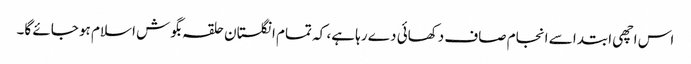
اس اچھی ابتدا سے انجام صاف دکھائی دے رہا ہے، کہ تمام انگلستان حلقہ بگوش اسلام ہو جائے گا۔